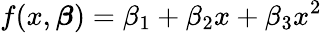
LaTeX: f(x,{\boldsymbol{\beta}})=\beta_{1}+\beta_{2}x+\beta_{3}x^{2}